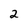
Character: 2